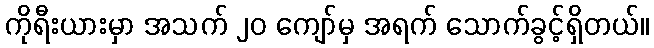
ကိုရီးယားမှာ အသက် ၂၀ ကျော်မှ အရက် သောက်ခွင့်ရှိတယ်။